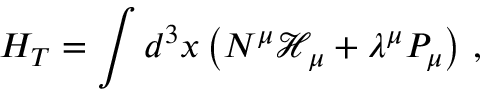
H _ { T } = \int d ^ { 3 } x \left( N ^ { \mu } \mathcal { H } _ { \mu } + \lambda ^ { \mu } P _ { \mu } \right) \, ,